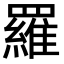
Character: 羅